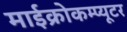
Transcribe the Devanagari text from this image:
माईक्रोकम्प्यूटर